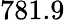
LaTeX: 781.9